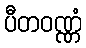
ပီတဝဏ္ဏံ